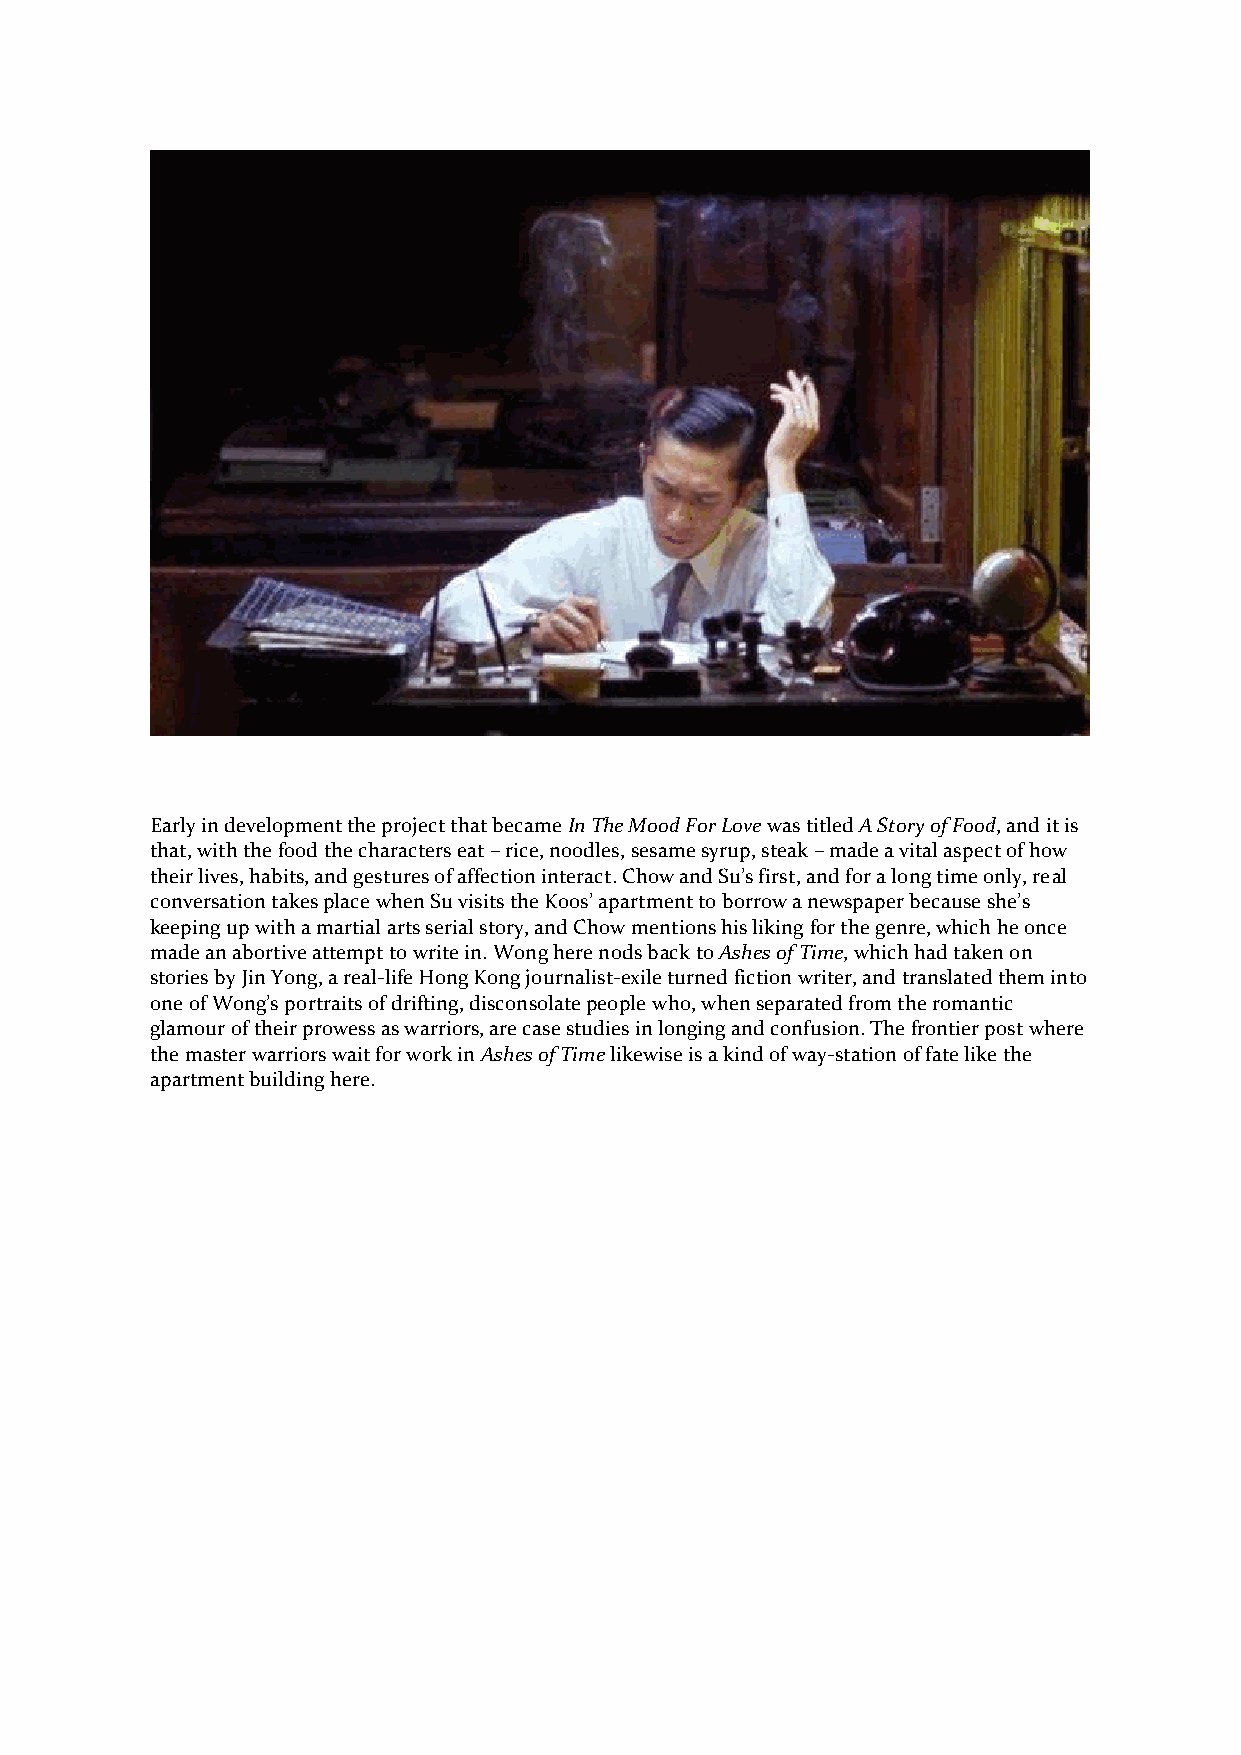
Early in development the project that became In The Mood For Love was titled A Story of Food, and it is
 that, with the food the characters eat – rice, noodles, sesame syrup, steak – made a vital aspect of how
 their lives, habits, and gestures of affection interact. Chow and Su’s first, and for a long time only, real
 conversation takes place when Su visits the Koos’ apartment to borrow a newspaper because she’s
 keeping up with a martial arts serial story, and Chow mentions his liking for the genre, which he once
 made an abortive attempt to write in. Wong here nods back to Ashes of Time, which had taken on
 stories by Jin Yong, a real-life Hong Kong journalist-exile turned fiction writer, and translated them into
 one of Wong’s portraits of drifting, disconsolate people who, when separated from the romantic
 glamour of their prowess as warriors, are case studies in longing and confusion. The frontier post where
 the master warriors wait for work in Ashes of Time likewise is a kind of way-station of fate like the
 apartment building here.